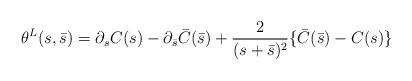
LaTeX: \begin{align*}\theta^L(s,\bar{s})=\partial_s C(s)-\partial_{\bar{s}}\bar{C}(\bar{s})+\frac{2}{(s+\bar{s})^2}\{\bar{C}(\bar{s})-C(s)\}\end{align*}